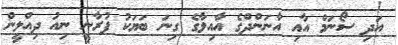
އަދި ސޯނަމް އާއި އާނަންދްގެ އާއިލާގެ ގިނަ ބަޔަކު ފުރާނީ ނިއު ދިއްލީން